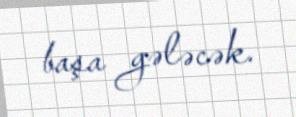
başa gələcək.